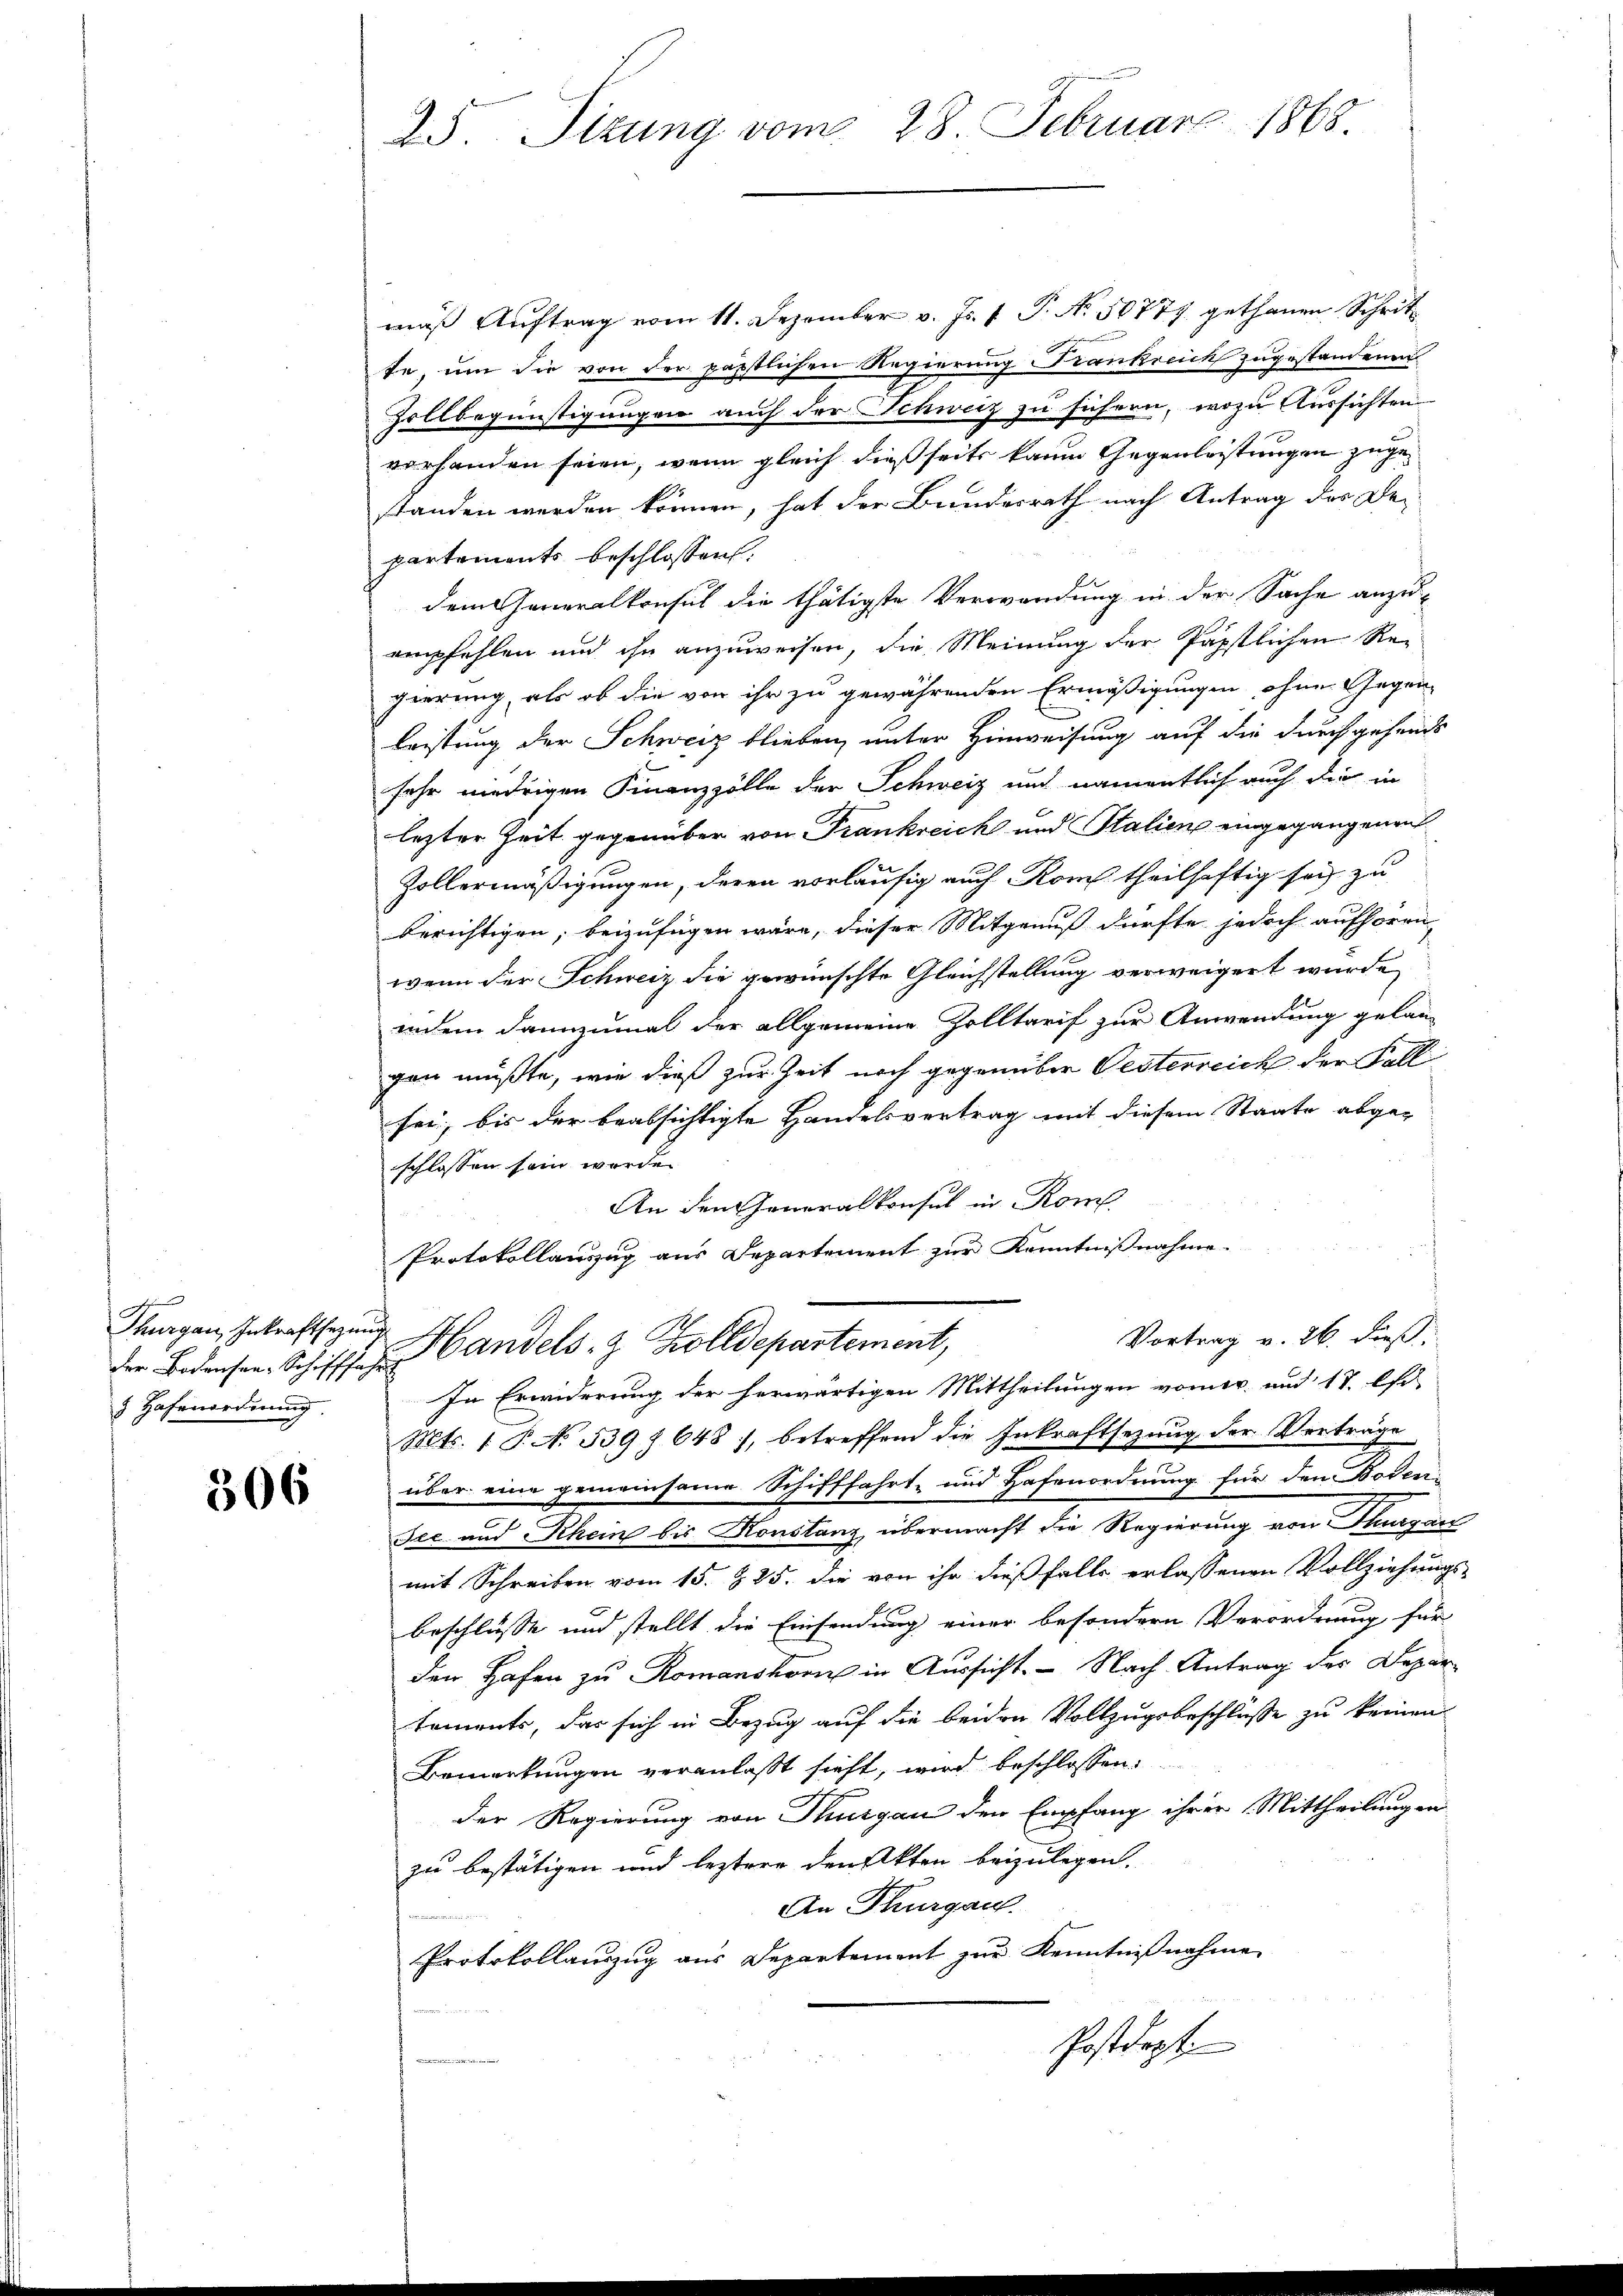
i
Thurgau, Inkraftsezung
 Hafenorderung.

306

25. Sizung vom 28. Februar 1868.

mäβ Aŭftrag vom 11. Dezember v. Js. f. P. Nr. 50777 gethanen Schrit
te, um die von der päpstlichen Regierung Frankreich zugestandenen
Zollbegünstigungen auch der Schweiz zu führen, wozu Aussichten
vorhanden seien, wenn gleich dießseits kaum Gegenleistungen zugestanden werden können, hat der Bundesrath nach Antrag des De-
partements beschlossen.
dem Generalkonsul die thätigste Verwendung in der Sache anzu-
empfehlen und ihn anzuweisen, die Meinung der Papstlichen Re-
pierung, als ob die von ihr zu gewährenden Ermäßigungen ohne Gegenleistung der Schweiz blieben, unter Hinweisung auf die durchgehende
sehr niedrigen Finanzzölle der Schweiz und namentlich auch die in
lezter Zeit gegenüber von Frankreich und Stalien eingegangenen
Zollermäßigungen, deren vorläufig auch Rom theilhaftig sei zu
berichtigen, beizufügen wäre, dieser Mitgenuß dürfte jedoch aufhören
wenn der Schweiz die gewünschte Gleichstellung verweigert wurde,
indem dannzumal der allgemeine Zolltarif zur Anwendung gelan-
gen müßte, wie dieß zur Zeit noch gegenüber Gesterreich der Fall
sei, bis der beabsichtigte Handelsvertrag mit diesem Staate abgeschlossen sein werde.
An den Generalkonsul in Rom
Protokollanzug aus Departement zur Kenntnißnahme.
Vortrag v. 26. dieß,
der Bodensen Schiffe Handels- & Zolldepartement,
In Erwiderung der herwärtigen Mittheilungen vomir. und 17. Ost-
Mts. 1 P. No. 539. 648, betreffend die Inkraftsetzŭng der Verträge
über eine gemeinsame Schifffahrt und Hafenordnung für den Boden-
Jec und Rhein bis Konstanz übermacht die Regierung von Thurgau
mit Schreiben vom 15. §. 25. die von ihr dießfalls erlassenen Vollziehungs-
beschlüsse und stellt die Einsendung einer besondern Verordnung für
den Hafen zu Romanshorn in Aussicht. - Nach Antrag des Departoments, das sich in Bezug auf die beiden Vollzugsbeschlüsse zu keinen
Bemerkungen veranlaßt sieht, wird beschlossen:
der Regierung von Thurgau den Empfang ihrer Mittheilung in
zu bestätigen und leztere den Akten beizulegen.
An Thurgau.
Protokollauszug aus Departement zur Kenntnißnahme
Postdept.